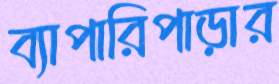
ব্যাপারিপাড়ার